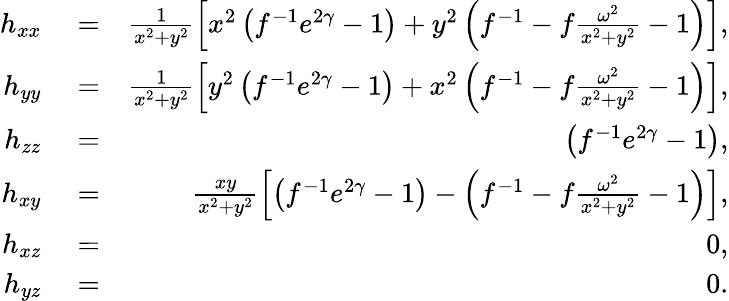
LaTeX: \begin{array}{rlr}{h_{xx}}&{{}=}&{\frac{1}{x^{2}+y^{2}}\left[x^{2}\left(f^{-1}e^{2\gamma}-1\right)+y^{2}\left(f^{-1}-f\frac{\omega^{2}}{x^{2}+y^{2}}-1\right)\right],}\\ {h_{yy}}&{{}=}&{\frac{1}{x^{2}+y^{2}}\left[y^{2}\left(f^{-1}e^{2\gamma}-1\right)+x^{2}\left(f^{-1}-f\frac{\omega^{2}}{x^{2}+y^{2}}-1\right)\right],}\\ {h_{zz}}&{{}=}&{\left(f^{-1}e^{2\gamma}-1\right),}\\ {h_{xy}}&{{}=}&{\frac{xy}{x^{2}+y^{2}}\left[\left(f^{-1}e^{2\gamma}-1\right)-\left(f^{-1}-f\frac{\omega^{2}}{x^{2}+y^{2}}-1\right)\right],}\\ {h_{xz}}&{{}=}&{0,}\\ {h_{yz}}&{{}=}&{0.}\end{array}